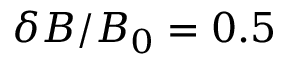
\delta B / B _ { 0 } = 0 . 5